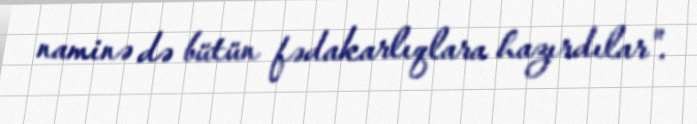
naminə də bütün fədakarlıqlara hazırdılar".